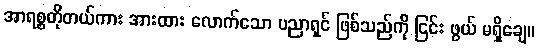
အာရစ္စတိုတယ်ကား အားထား လောက်သော ပညာရှင် ဖြစ်သည်ကို ငြင်း ဖွယ် မရှိချေ။